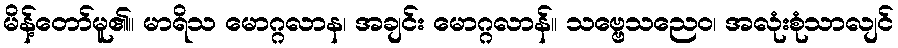
မိန့်တော်မူ၏။ မာရိသ မောဂ္ဂလာန၊ အချင်း မောဂ္ဂလာန်။ သဗ္ဗေသညေဝ၊ အလုံးစုံသာလျင်